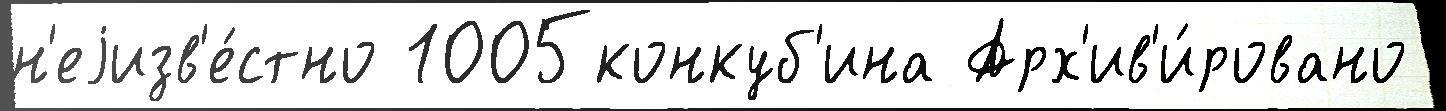
н'еjизв'е́стно 1005конкуб'ина Арх'ив'и́ровано